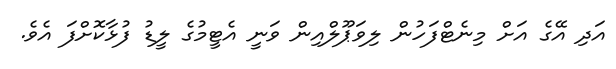
އަދި އޭގެ އަށް މިނެޓްފަހުން ލިވަޕޫލްއިން ވަނީ އެޓީމުގެ ލީޑު ފުޅާކޮށްފަ އެވެ.